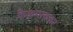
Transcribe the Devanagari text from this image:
केळगावकर